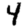
Digit: 4